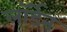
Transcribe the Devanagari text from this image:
लॉर्डेन